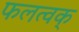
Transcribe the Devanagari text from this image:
फलत्वक्